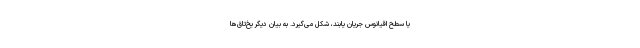
یا سطحِ اقیانوس جریان یابند، شکل می‌گیرد. به بیان دیگر یخ‌تاق‌ها